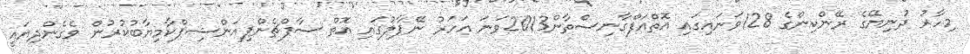
މިހާރު ދުނިޔޭގެ ރޭންކިންގެ 128ވަނައިގައި އޮތްއަފްގާނިސްތާން2013ވަނަ އަހަރު ނޭޕާލުގައި އޮތް ސާފްޗެންޕިއަންޝިޕްކާމިޔާބުކުރުން ވެގެންދިޔައީ